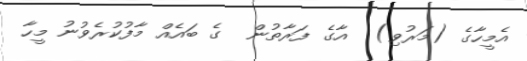
އެމީހާގެ (މަރުވި)  އާގެ ފަރާތުން  ގެ ބައެއް މާފުކުރެވުނު މީހާ